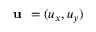
\textbf { u } = ( u _ { x } , u _ { y } )